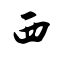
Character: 西